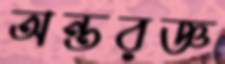
অন্তরজ্ঞ